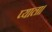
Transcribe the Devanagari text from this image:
प्याला।